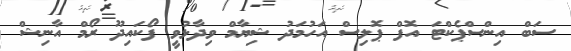
ސަބް އިންސްޕެކްޓަ އޮފް ޕޮލިސް އަހުމަދު ޝިޔާމް ވިދާޅުވީ ފޯކައިދޫ ރޯމް އާނިޝް